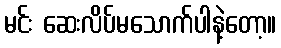
မင်း ဆေးလိပ်မသောက်ပါနဲ့တော့။